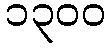
၁၃၀၀